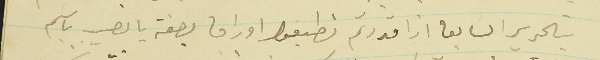
بتحرير السابق اذا قدرتم تطبعوا اوراق بصفة يانصيب باسم